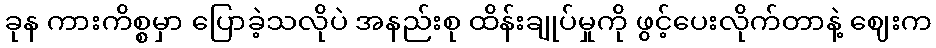
ခုန ကားကိစ္စမှာ ပြောခဲ့သလိုပဲ အနည်းစု ထိန်းချုပ်မှုကို ဖွင့်ပေးလိုက်တာနဲ့ ဈေးက